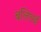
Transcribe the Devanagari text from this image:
बलिघई